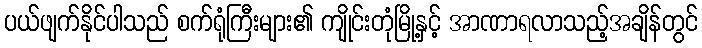
ပယ်ဖျက်နိုင်ပါသည် စက်ရုံကြီးများ၏ ကျိုင်းတုံမြို့နှင့် အာဏာရလာသည့်အချိန်တွင်